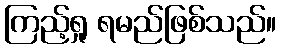
ကြည့်ရှု ရမည်ဖြစ်သည်။